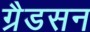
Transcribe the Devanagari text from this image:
ग्रैडसन